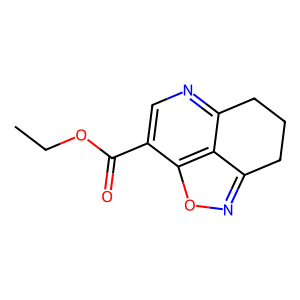
SMILES: CCOC(=O)c1cnc2c3c(noc13)CCC2
Inhibits HIV replication: No